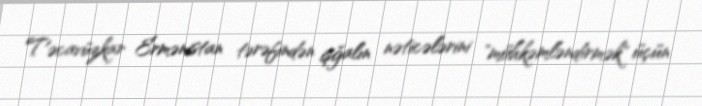
Təcavüzkar Ermənistan tərəfindən işğalın nəticələrini "möhkəmləndirmək" üçün